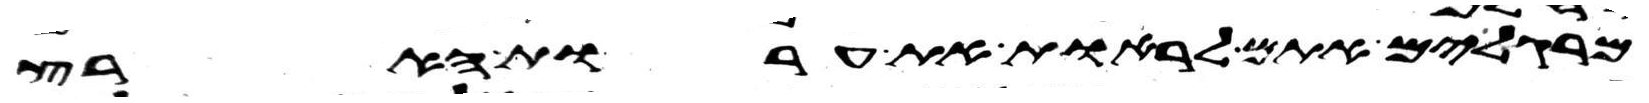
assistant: מרגלים אתם לראות את ערות הארץ